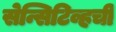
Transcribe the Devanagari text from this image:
सेन्सिटिव्हची